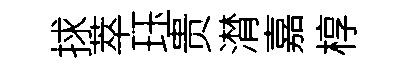
捄萃珏贵潸嘉椁